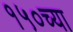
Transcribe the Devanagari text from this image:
१५०च्या